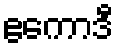
ဧကောဒီ